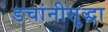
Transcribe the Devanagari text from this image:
डचांनीसुद्धा